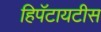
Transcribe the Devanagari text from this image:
हिपॅटायटीस